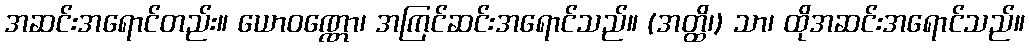
အဆင်းအရောင်တည်း။ ယောဝဏ္ဏော၊ အကြင်ဆင်းအရောင်သည်။ (အတ္ထိ၊) သာ၊ ထိုအဆင်းအရောင်သည်။